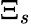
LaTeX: \Xi_{s}